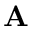
\textbf { A }